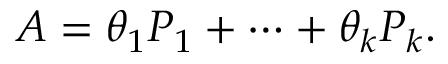
A = \theta _ { 1 } P _ { 1 } + \cdots + \theta _ { k } P _ { k } .